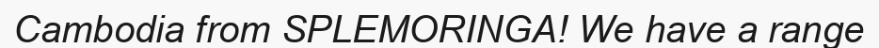
Cambodia from SPLEMORINGA! We have a range